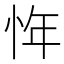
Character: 𰑖